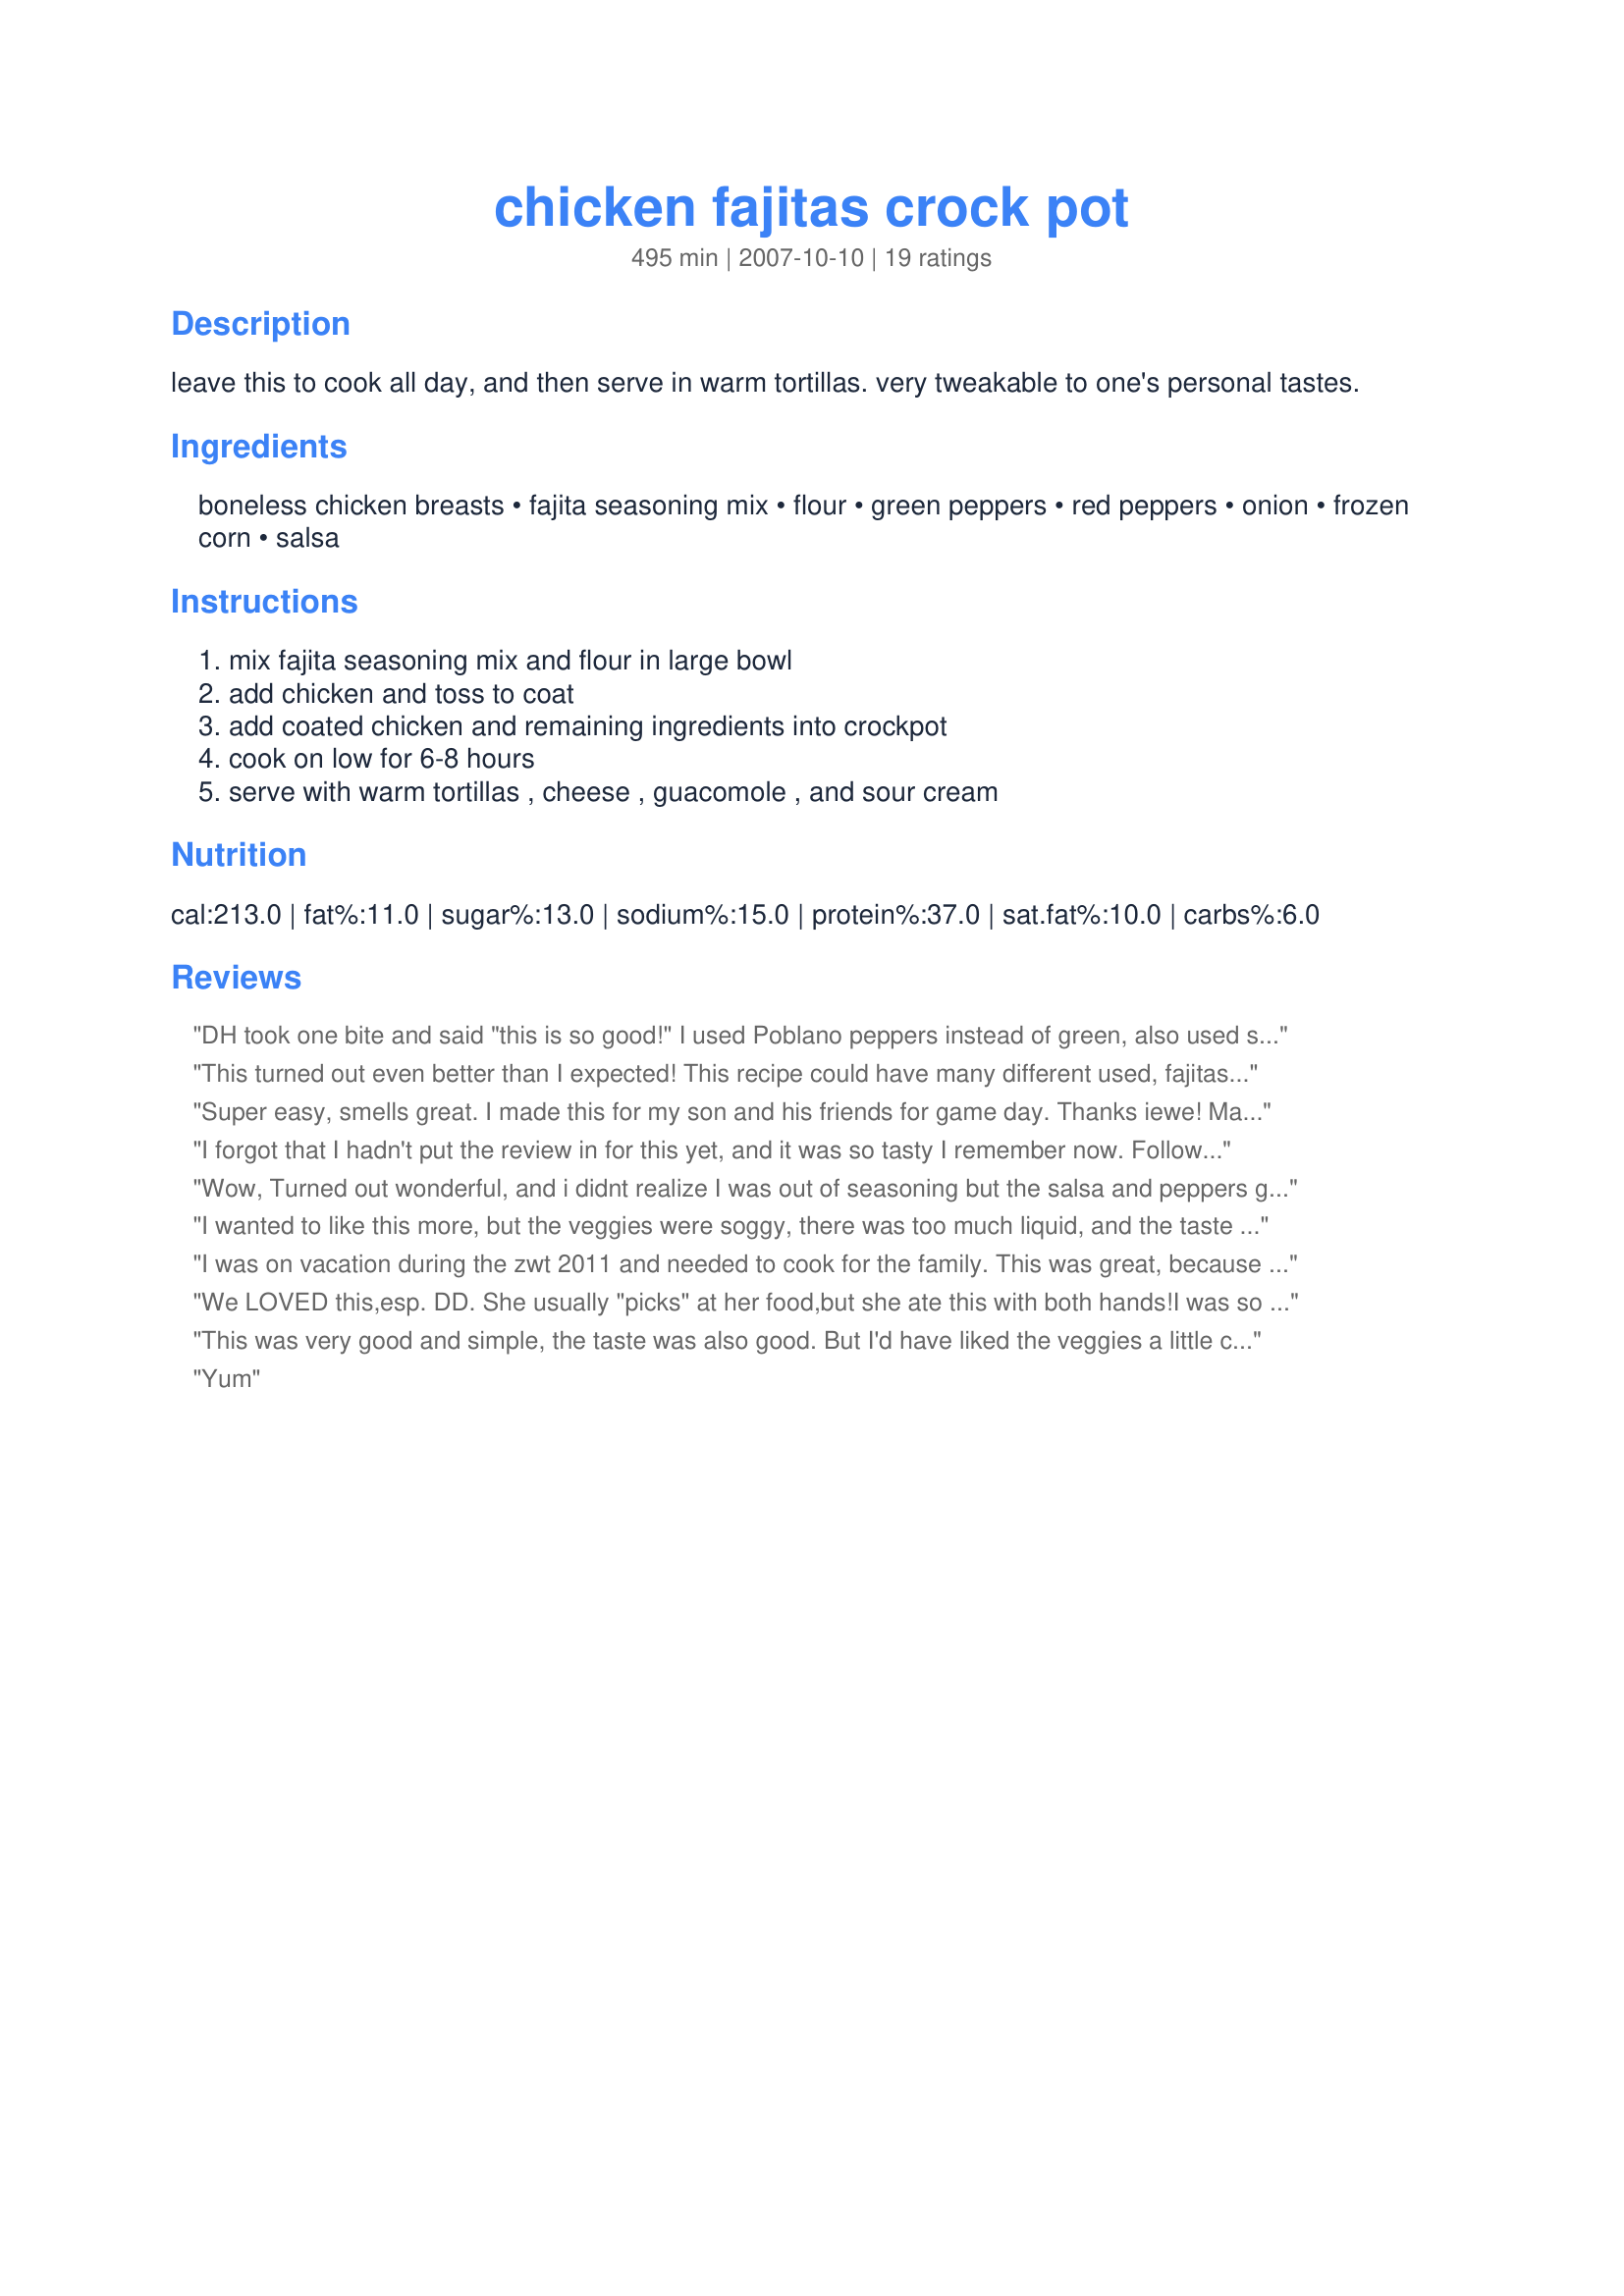
chicken fajitas crock pot
Preparation time: 495 minutes

leave this to cook all day, and then serve in warm tortillas. very tweakable to one's personal tastes.

Ingredients:
boneless chicken breasts, fajita seasoning mix, flour, green peppers, red peppers, onion, frozen corn, salsa

Steps:
mix fajita seasoning mix and flour in large bowl, add chicken and toss to coat, add coated chicken and remaining ingredients into crockpot, cook on low for 6-8 hours, serve with warm tortillas , cheese , guacomole , and sour cream

Reviews:
DH took one bite and said "this is so good!" I used Poblano peppers instead of green, also used some yellow along with the red peppers. Threw in some jalapeÃ±os to spice it up. Served with tortillas, refried beans and some leftover rice. I like mine all rolled up and DH likes everything on the side, with butter on his tortillas. Excellent dish. Thanks iewe for posting.
This turned out even better than I expected! This recipe could have many different used, fajitas being just one of them. The broth was so flavorful, I would almost eat it as a "Fajita Soup" - which I may do with the leftovers tomorrow!
Due to a freezer mishap, I had to use some thawed drumsticks instead of chicken breasts. I skinned them, but left them on the bone, and by the end of cooking, I just took out the bones after the meat fell off. I substituted 2 cans of Mild Rotel Tomatoes and green chilis for the salsa, and cooked on high for 5 hours.
We ate these as traditional fajitas, and they were great. I look forward to trying it as a soup, or as a dip with tortilla chips.
Thanks, iewe!!
Super easy, smells great. I made this for my son and his friends for game day. Thanks iewe! Made for ZWT8 for trip to Mexico.
I forgot that I hadn't put the review in for this yet, and it was so tasty I remember now. Followed this exactly except for the corn, which was reduced to 1 instead of two, This was great in every way, and I added a tomato into the mix, and boy it was tasty!Thanks iewe!
Wow, Turned out wonderful, and i didnt realize I was out of seasoning but the salsa and peppers gave it a great taste. I only used 1 of each peppers and that seemed to be plenty. Thanks for sharing
I wanted to like this more, but the veggies were soggy, there was too much liquid, and the taste just wasn't right for the Tex-Mex fajitas I like. I guess you can't expect a meal that tastes grilled when it's coming from a Crock Pot. :-/
I was on vacation during the zwt 2011 and needed to cook for the family. This was great, because I got it ready and it did the cooking for itself. Even the little guys loved these chicken fajitas and begged for more. The meat is very tender and the flavor is great. Thanks
We LOVED this,esp. DD. She usually "picks" at her food,but she ate this with both hands!I was so impressed!! Thanks for this easy recipe- made for ZWT7 and Witchin' Kitchen-
This was very good and simple, the taste was also good. But I'd have liked the veggies a little crisper. Next time I may cook the chicken this way then saute the peppers and onions to top. I omited the corn. Served with brown rice, salad and of course tortillas. I think this would make a great topper for nachos with cheese and sour cream.
Yum
Me and my mom enjoyed this chicken fajitas. But DH a bit less. So that's why I give a 4. I think the veggies were a bit too soft. For the fajitas I did this recipe : recipe#28011 I like the frozen corn in this. It was too liquid so maybe less salsa would be great. Thanks Iewe. Made for Zaar Star Game
Bueno! We really enjoyed this! I took the advice of a few others and sauteed the veggies just before serving to keep them a bit crisp, then served them alongside the chicken mix for those in my family who are picky about veggies. I also used only one cup of frozen corn and cut down the salsa to 2 cups. I'm looking forward to leftovers already! Thanks iewe! MERP'd for Potluck Tag.
I liked this alot. Very simple and delicious! Thanks for sharing.
I really enjoyed this recipe. It was easy to put together and very good. This recipe is a keeper in my house!
I made the crock pot Fajitas and they turned out amazing. I also added some kielbasa which added a nice flavor. I read some of the previous reviews before I made it and saw that people had problems with it having too much liquid. so I only put in about 1.5 cups of salsa in it which was great. I couldn't have found a better recipe it is one of my favorites. THANK YOU SO MUCH FOR SHARING
This is a good tasting, healthy, simple recipe. I cut it down to it's bare minimum to suit us each, and it was still worthwhile. I used only the chicken (floured and spiced) and the salsa. I would have liked it with all the extras, but the rest of my family wouldn't have. I did a pan of peppers, onions and mushrooms to have with it, and we had wraps. It was an easy, satisfying meal. It gives me ideas to use the crockpot more!
A very tasty and EASY way to get my fajita fix. :) I used beef instead of chicken because that's what I had on hand, omitted the corn because of an allergy, and used a spicy tomato pasta sauce instead of salsa. Although I like my veggies a little less soft than these turned out to be, the dish smelled great, and was eagerly devoured by my fiance and our roommate (and of course, me!). I served this with some homemade guac, which complemented the fajitas nicely. Thanks for sharing!
Very good! I did tinker with it a bit, though. I didn't bother with cutting the chicken breasts until after they were cooked, so I didn't shake them in the bag first. I put the chicken in the pot, sprinkled the seasoning and flour on top, threw in the veggies, tossed it all around. Cooked on low for 4 hours, (I only made two chicken breasts, so I reduced all the ingredients accordingly). Really, my DH and I were so pleased with the final product. Thank you for a great, easy Sunday meal!
This may have been the best meal I&#039;ve ever cooked at home. I actually added potatoes to the crock pot to make it a meal with the peppers, salsa
